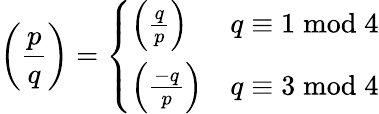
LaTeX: \left({\frac{p}{q}}\right)={\left\{ \begin{array}{ll}{\left({\frac{q}{p}}\right)}&{q\equiv 1{\bmod{4}}}\\ {\left({\frac{-q}{p}}\right)}&{q\equiv 3{\bmod{4}}}\end{array}\right.}